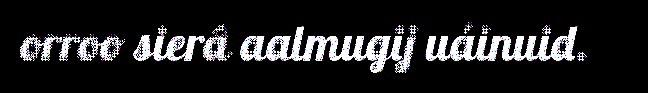
orroo sierâ aalmugij uáinuid.